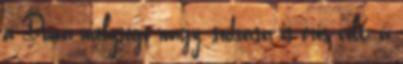
a Duna mélysége nagy, sodrása is erős volt; a